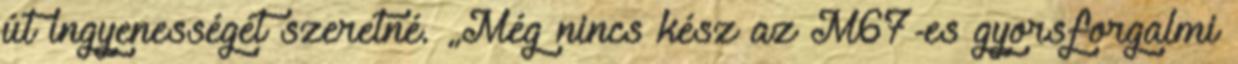
út ingyenességét szeretné. „Még nincs kész az M67-es gyorsforgalmi